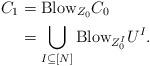
LaTeX: \begin{align*}C_1 &= \mathrm{Blow}_{Z_0} C_0 \\&= \bigcup_{I\subseteq [N]} \mathrm{Blow}_{Z_0^I} U^I.\end{align*}